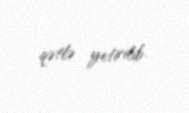
qətlə yetirilib.